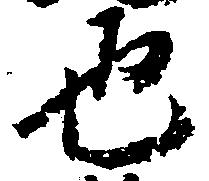
也